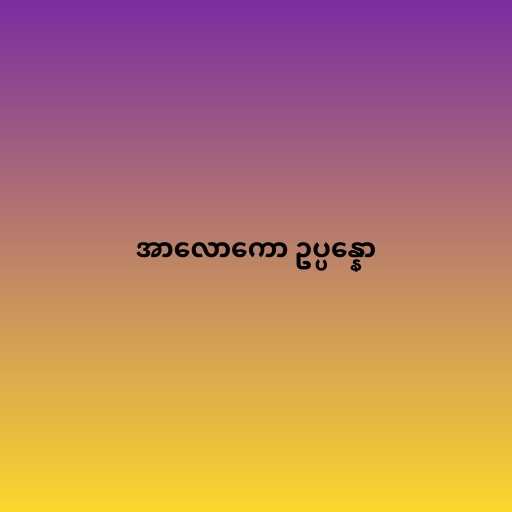
အာလောကော ဥပ္ပန္နော